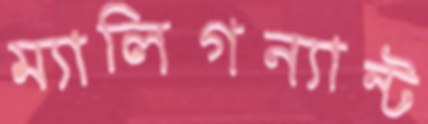
ম্যালিগন্যান্ট